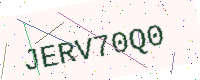
Text: JERV70Q0